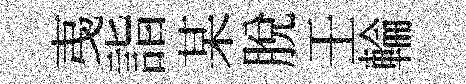
𢎯詣某脱壬輪